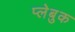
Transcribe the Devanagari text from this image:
प्लेबुक